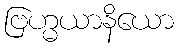
ဗြဟ္မယာနိယော